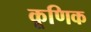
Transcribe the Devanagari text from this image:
कूणिक